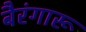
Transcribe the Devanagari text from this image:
बैरंगारू